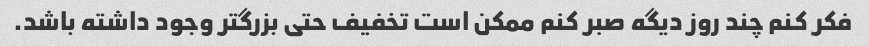
فکر کنم چند روز دیگه صبر کنم ممکن است تخفیف حتی بزرگتر وجود داشته باشد.